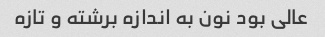
عالی بود نون به اندازه برشته و تازه